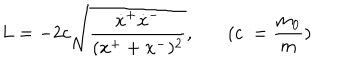
L = - 2 c \sqrt { \frac { \dot { x } ^ { + } \dot { x } ^ { - } } { ( x ^ { + } + x ^ { - } ) ^ { 2 } } } , ~ ( c : = \frac { m _ { 0 } } { m } )